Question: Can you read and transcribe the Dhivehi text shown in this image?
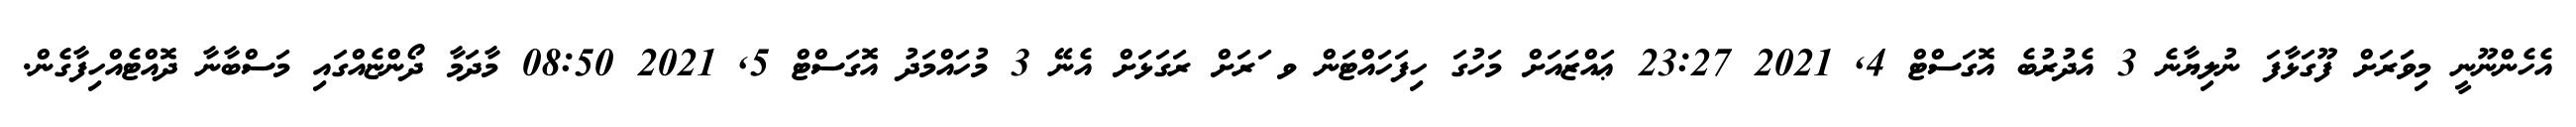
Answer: އެހެންނޫނީ މިވަަރަށް ފޫގަޅާފަ ނުލިޔާނެ 3 އެދުރުބެ އޮގަސްޓް 4, 2021 23:27 ޢައްޒައަށް މަހުގަ ހިފަހައްޓަން ވ ަރަށް ރަގަޅަށް އެނޭ 3 މުހައްމަދު އޮގަސްޓް 5, 2021 08:50 މާދަމާ ދޯންޏެއްގައި މަސްބާނާ ދޮއްޓެއްހިފާގެން.